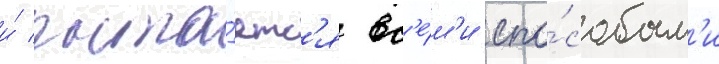
и́ пыта́етс'я вс'е́м'и спо́собам'и